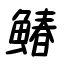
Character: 鰆